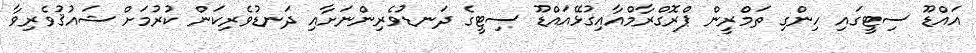
އައްޑޫ ސިޓީގައި ހިންގި ތަމްރީން ޕްރޮގްރާމްއާއިގުޅޭއައްޑޫ ސިޓީގެ ދަނޑުވެރިންނަށާއި ދަނޑުވެރިކަން ކުރުމަށް ޝައުޤުވެރިވާ